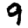
Digit: 9